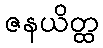
ဇနယိတ္ထ